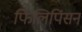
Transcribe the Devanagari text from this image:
फिलिपिंसन